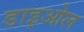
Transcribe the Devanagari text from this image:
डाइओल